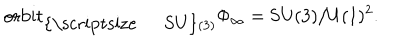
\mathrm { o r b i t } _ { \mathrm { { \scriptsize ~ S U } } ( 3 ) } \Phi _ { \infty } = \mathrm { S U } ( 3 ) / \mathrm { U } ( 1 ) ^ { 2 } .